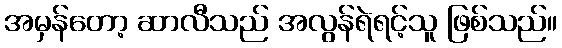
အမှန်တော့ ဆာလီသည် အလွန်ရဲရင့်သူ ဖြစ်သည်။